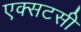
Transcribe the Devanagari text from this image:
एक्सटसी